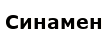
Синамен